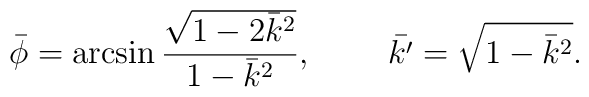
\bar{\phi}=\arcsin\frac{\sqrt{1-2\bar{k}^2}}{1-\bar{k}^2},\;\;\;\;\;\;\;\;\bar{k'}=\sqrt{1-\bar{k}^2}.